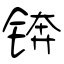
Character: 锛